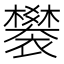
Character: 䙪